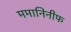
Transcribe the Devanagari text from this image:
ममानिनीफ